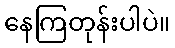
နေကြတုန်းပါပဲ။